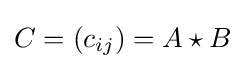
C=(c_{ij})=A\star B